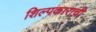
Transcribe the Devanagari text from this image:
शिल्पकाराची